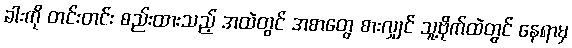
ခါးကို တင်းတင်း စည်းထားသည့် အထဲတွင် အစာတွေ စားလျှင် သူ့ဗိုက်ထဲတွင် နေရာမှ